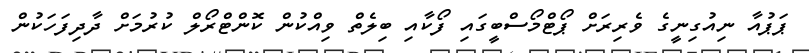
ޕަޕުއާ ނިއުގިނީގެ ވެރިރަށް ޕޯޓްމޯސްބީގައި ފޯކާއި ބިލެތް ވިއްކުން ކޮންޓްރޯލް ކުރުމަށް ދާދިފަހަކުން